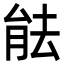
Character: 䏻